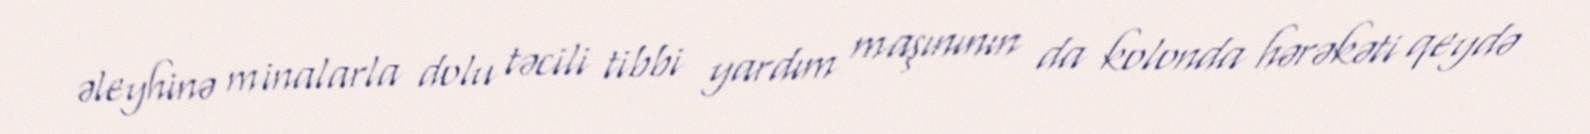
əleyhinə minalarla dolu təcili tibbi yardım maşınının da kolonda hərəkəti qeydə